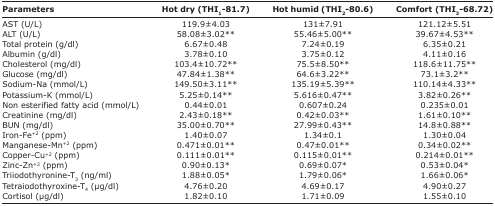
<table><thead><tr><td><b>Parameters</b></td><td><b>Hot dry (THI<sub>1</sub>-81.7)</b></td><td><b>Hot humid (THI<sub>2</sub>-80.6)</b></td><td><b>Comfort (THI<sub>3</sub>-68.72)</b></td></tr></thead><tbody><tr><td>AST (U/L)</td><td>119.9±4.03</td><td>131±7.91</td><td>121.12±5.51</td></tr><tr><td>ALT (U/L)</td><td>58.08±3.02**</td><td>55.46±5.00**</td><td>39.67±4.53**</td></tr><tr><td>Total protein (g/dl)</td><td>6.67±0.48</td><td>7.24±0.19</td><td>6.35±0.21</td></tr><tr><td>Albumin (g/dl)</td><td>3.78±0.10</td><td>3.75±0.12</td><td>4.11±0.16</td></tr><tr><td>Cholesterol (mg/dl)</td><td>103.4±10.72**</td><td>75.5±8.50**</td><td>118.6±11.75**</td></tr><tr><td>Glucose (mg/dl)</td><td>47.84±1.38**</td><td>64.6±3.22**</td><td>73.1±3.2**</td></tr><tr><td>Sodium-Na (mmol/L)</td><td>149.50±3.11**</td><td>135.19±5.39**</td><td>110.14±4.33**</td></tr><tr><td>Potassium-K (mmol/L)</td><td>5.25±0.14**</td><td>5.616±0.47**</td><td>3.82±0.26**</td></tr><tr><td>Non esterified fatty acid (mmol/L)</td><td>0.44±0.01</td><td>0.607±0.24</td><td>0.235±0.01</td></tr><tr><td>Creatinine (mg/dl)</td><td>2.43±0.18**</td><td>0.42±0.03**</td><td>1.61±0.10**</td></tr><tr><td>BUN (mg/dl)</td><td>35.00±0.70**</td><td>27.99±0.43**</td><td>14.8±0.88**</td></tr><tr><td>Iron-Fe<sup>+2</sup> (ppm)</td><td>1.40±0.07</td><td>1.34±0.1</td><td>1.30±0.04</td></tr><tr><td>Manganese-Mn<sup>+2</sup> (ppm)</td><td>0.471±0.01**</td><td>0.47±0.01**</td><td>0.34±0.02**</td></tr><tr><td>Copper-Cu<sup>+2</sup> (ppm)</td><td>0.111±0.01**</td><td>0.115±0.01**</td><td>0.214±0.01**</td></tr><tr><td>Zinc-Zn<sup>+2</sup> (ppm)</td><td>0.90±0.13*</td><td>0.69±0.07*</td><td>0.53±0.04*</td></tr><tr><td>Triiodothyronine-T<sub>3</sub> (ng/ml)</td><td>1.88±0.05*</td><td>1.79±0.06*</td><td>1.66±0.06*</td></tr><tr><td>Tetraiodothyroxine-T<sub>4</sub> (μg/dl)</td><td>4.76±0.20</td><td>4.69±0.17</td><td>4.90±0.27</td></tr><tr><td>Cortisol (μg/dl)</td><td>1.82±0.10</td><td>1.71±0.09</td><td>1.55±0.10</td></tr></tbody></table>